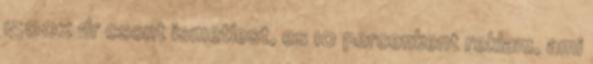
1500x dr csont ismetlest, es 10 percenkent reklam, ami